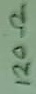
Text: 120Ω